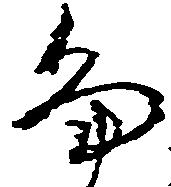
畠